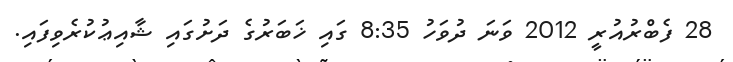
28 ފެބްރުއުރީ 2012 ވަނަ ދުވަހު 8:35 ގައި ޚަބަރުގެ ދަށުގައި ޝާއިޢުކުރެވިފައި.